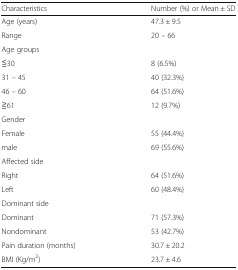
<table><thead><tr><td><b>Characteristics</b></td><td><b>Number (%) or Mean ± SD</b></td></tr></thead><tbody><tr><td>Age (years)</td><td>47.3 ± 9.5</td></tr><tr><td>Range</td><td>20 – 66</td></tr><tr><td colspan="2">Age groups</td></tr><tr><td>≦30</td><td>8 (6.5%)</td></tr><tr><td>31 – 45</td><td>40 (32.3%)</td></tr><tr><td>46 – 60</td><td>64 (51.6%)</td></tr><tr><td>≧61</td><td>12 (9.7%)</td></tr><tr><td colspan="2">Gender</td></tr><tr><td>Female</td><td>55 (44.4%)</td></tr><tr><td>male</td><td>69 (55.6%)</td></tr><tr><td colspan="2">Affected side</td></tr><tr><td>Right</td><td>64 (51.6%)</td></tr><tr><td>Left</td><td>60 (48.4%)</td></tr><tr><td colspan="2">Dominant side</td></tr><tr><td>Dominant</td><td>71 (57.3%)</td></tr><tr><td>Nondominant</td><td>53 (42.7%)</td></tr><tr><td>Pain duration (months)</td><td>30.7 ± 20.2</td></tr><tr><td>BMI (Kg/m<sup>2</sup>)</td><td>23.7 ± 4.6</td></tr></tbody></table>